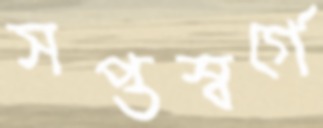
সপ্তস্বর্গে